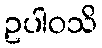
ဥပါဝသိ